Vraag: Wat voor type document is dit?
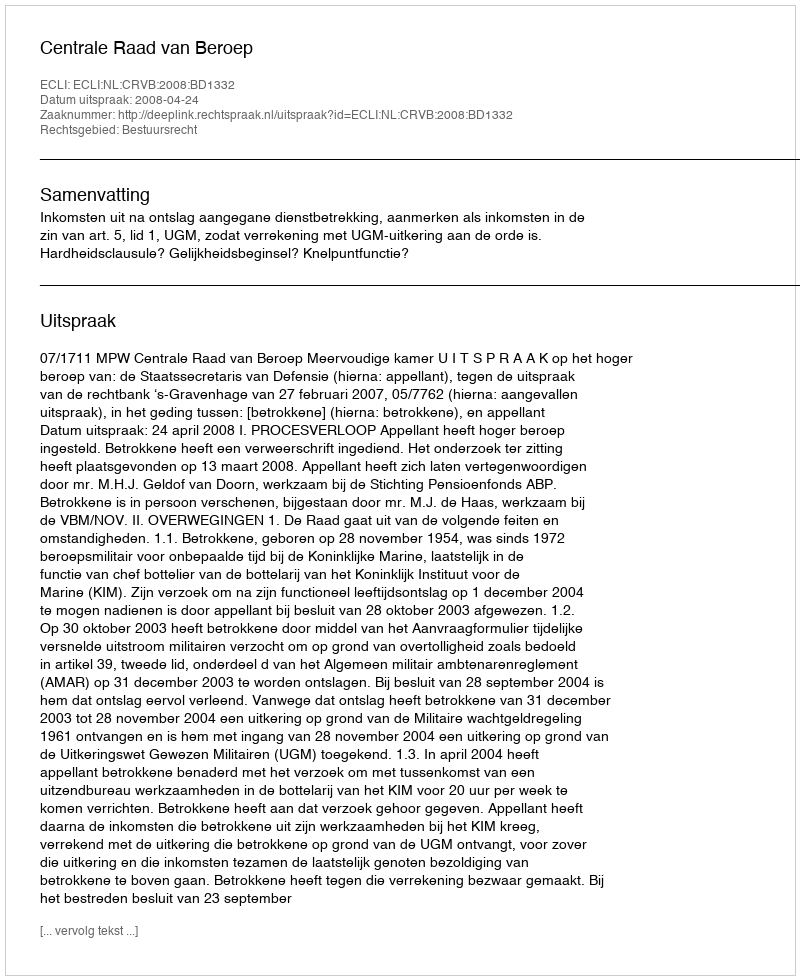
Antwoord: Uitspraak